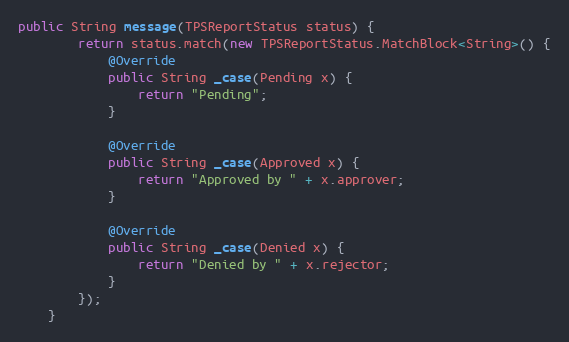
Language: Java
public String message(TPSReportStatus status) {
        return status.match(new TPSReportStatus.MatchBlock<String>() {
            @Override
            public String _case(Pending x) {
                return "Pending";
            }

            @Override
            public String _case(Approved x) {
                return "Approved by " + x.approver;
            }

            @Override
            public String _case(Denied x) {
                return "Denied by " + x.rejector;
            }
        });
    }